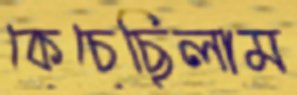
কেচেছিলাম